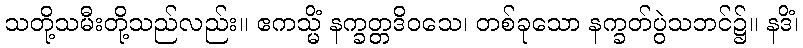
သတို့သမီးတို့သည်လည်း။ ဧကသ္မိံ နက္ခတ္တဒိဝသေ၊ တစ်ခုသော နက္ခတ်ပွဲသဘင်၌။ နဒိံ၊